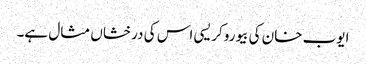
ایوب خان کی بیوروکریسی اس کی درخشاں مثال ہے۔